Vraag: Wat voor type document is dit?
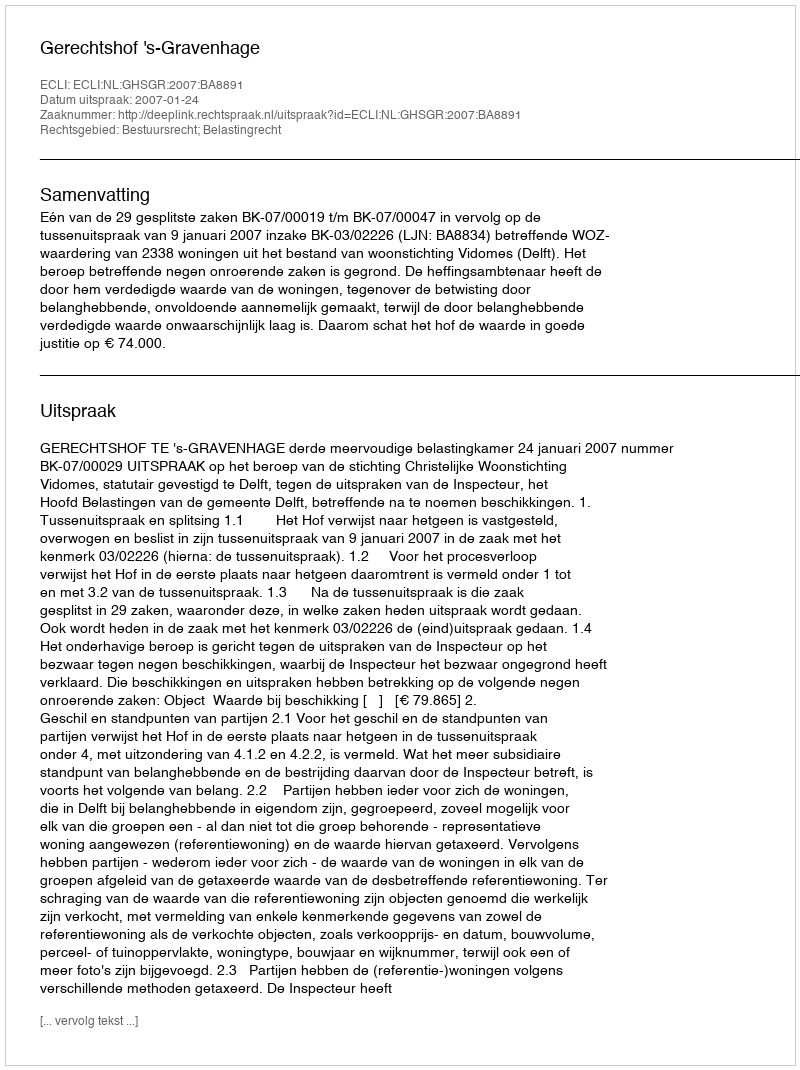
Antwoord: Uitspraak